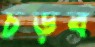
চড়ব